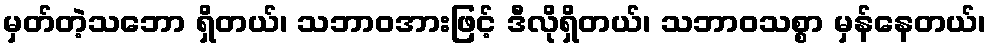
မှတ်တဲ့သဘော ရှိတယ်၊ သဘာဝအားဖြင့် ဒီလိုရှိတယ်၊ သဘာဝသစ္စာ မှန်နေတယ်၊